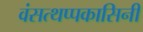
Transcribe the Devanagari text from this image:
वंसत्थप्पकासिनी